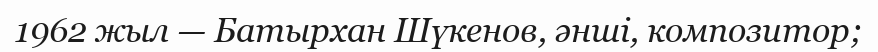
1962 жыл — Батырхан Шүкенов, әнші, композитор;